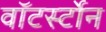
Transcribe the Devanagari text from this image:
वाॅटर्स्टोन